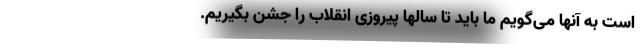
است به آنها می‌گویم ما باید تا سالها پیروزی انقلاب را جشن بگیریم.